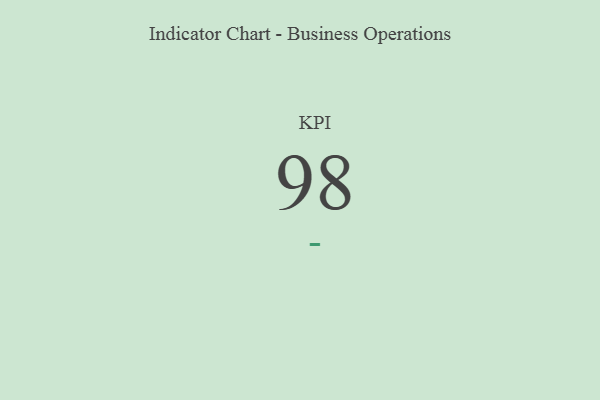
{"axis": {"x": "KPI", "y": "Value"}, "legend": [""], "data": [{"x": "KPI", "y": 98, "type": ""}]}